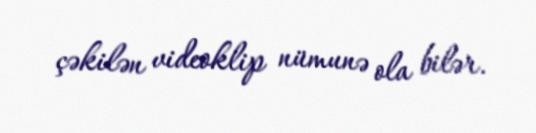
çəkilən videoklip nümunə ola bilər.